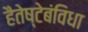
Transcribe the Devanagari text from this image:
हैतेष्टेबंविधा